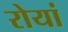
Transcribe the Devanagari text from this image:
रोयां